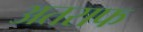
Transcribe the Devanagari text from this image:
अतराफ